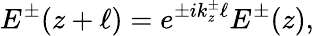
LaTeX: E^{\pm}(z+\ell)=e^{\pm ik_{z}^{\pm}\ell}E^{\pm}(z),